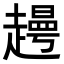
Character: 𧽰